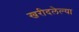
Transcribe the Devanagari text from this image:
खरीदलेल्या